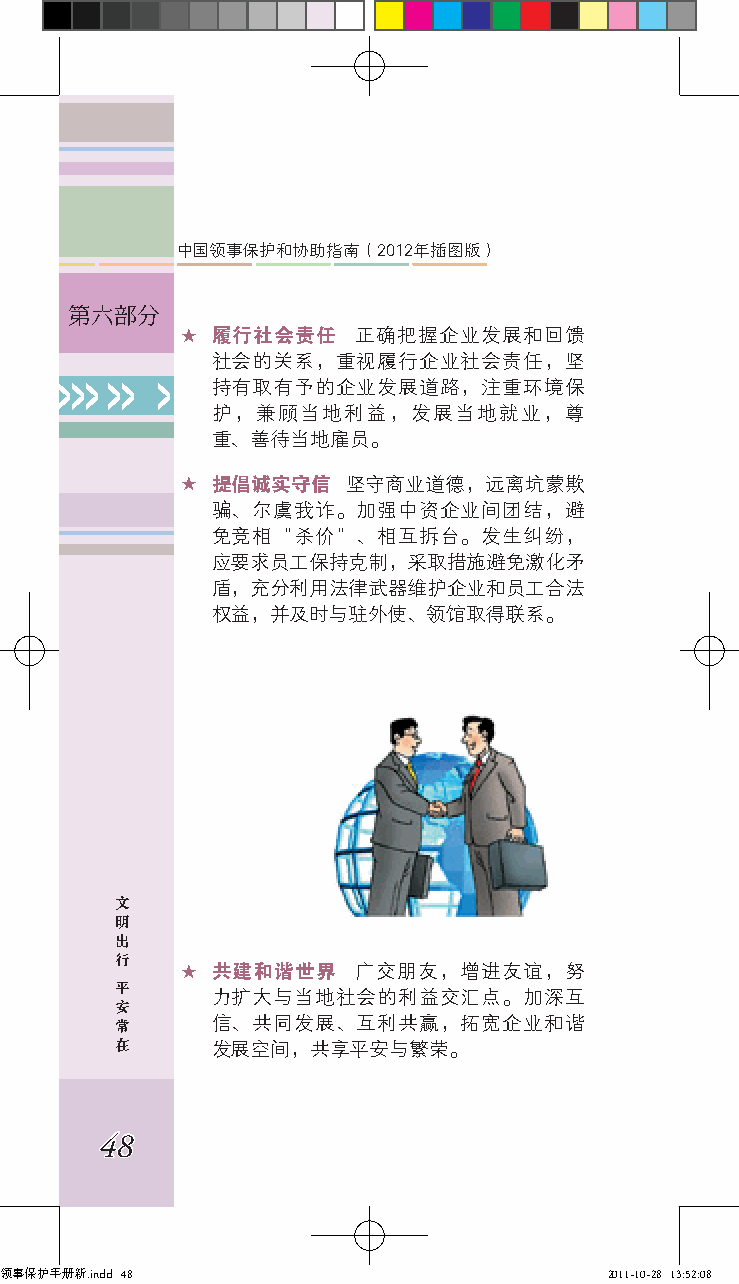
中国领事保护和协助指南（2012年插图版）
 第六部分
 ★ 履行社会责任   正确把握企业发展和回馈
 社会的关系，重视履行企业社会责任，坚
 >>> >> >  持有取有予的企业发展道路，注重环境保
 护，兼顾当地利益，发展当地就业，尊
 重、善待当地雇员。
 ★ 提倡诚实守信   坚守商业道德，远离坑蒙欺
 骗、尔虞我诈。加强中资企业间团结，避
 免竞相“杀价”、相互拆台。发生纠纷，
 应要求员工保持克制，采取措施避免激化矛
 盾，充分利用法律武器维护企业和员工合法
 权益，并及时与驻外使、领馆取得联系。
 文
 明
 出
 行
 ★ 共建和谐世界   广交朋友，增进友谊，努
 平
 力扩大与当地社会的利益交汇点。加深互
 安
 常     信、共同发展、互利共赢，拓宽企业和谐
 在     发展空间，共享平安与繁荣。
 48
 领事保护手册新.indd 48                         2011-10-28 13:52:08